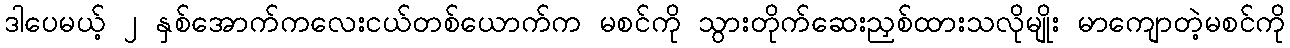
ဒါပေမယ့် ၂ နှစ်အောက်ကလေးငယ်တစ်ယောက်က မစင်ကို သွားတိုက်ဆေးညှစ်ထားသလိုမျိုး မာကျောတဲ့မစင်ကို